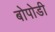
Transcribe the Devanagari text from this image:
बोपोडी